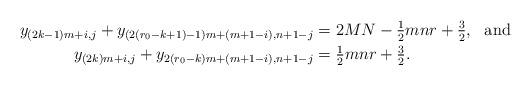
LaTeX: \begin{align*} y_{(2k-1)m+i,j} + y_{(2(r_0-k+1)-1)m +(m+1-i),n+1-j} &= 2MN -\tfrac{1}{2} mnr +\tfrac{3}{2}, \mbox{ \ and } \\ y_{(2k)m+i,j} + y_{2(r_0-k)m +(m+1-i),n+1-j} &= \tfrac{1}{2} mnr +\tfrac{3}{2}. \end{align*}